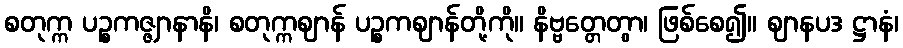
စတုက္က ပဉ္စကဇ္ဇျာနာနိ၊ စတုက္ကဈာန် ပဉ္စကဈာန်တို့ကို။ နိဗ္ဗတ္တေတွာ၊ ဖြစ်စေ၍။ ဈာနပဒ ဋ္ဌာနံ၊